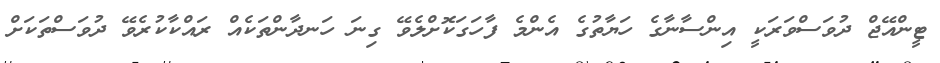
ޓީންއޭޖް ދުވަސްވަރަކީ އިންސާނާގެ ހަޔާތުގެ އެންމެ ފާހަގަކޮށްލެވޭ ގިނަ ހަނދާންތަކެއް ރައްކާކުރެވޭ ދުވަސްތަކަށް